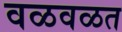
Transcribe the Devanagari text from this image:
वळवळत